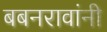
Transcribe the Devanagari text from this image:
बबनरावांनी